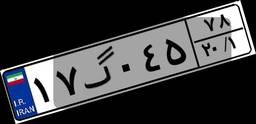
۱۷گ۰۴۵۷۸